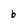
Character: b